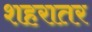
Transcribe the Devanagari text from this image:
शहरातर